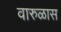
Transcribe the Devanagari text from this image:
वारुळास